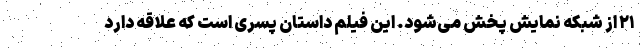
۲۱ از شبکه نمایش پخش می‌شود. این فیلم داستان پسری است که علاقه دارد